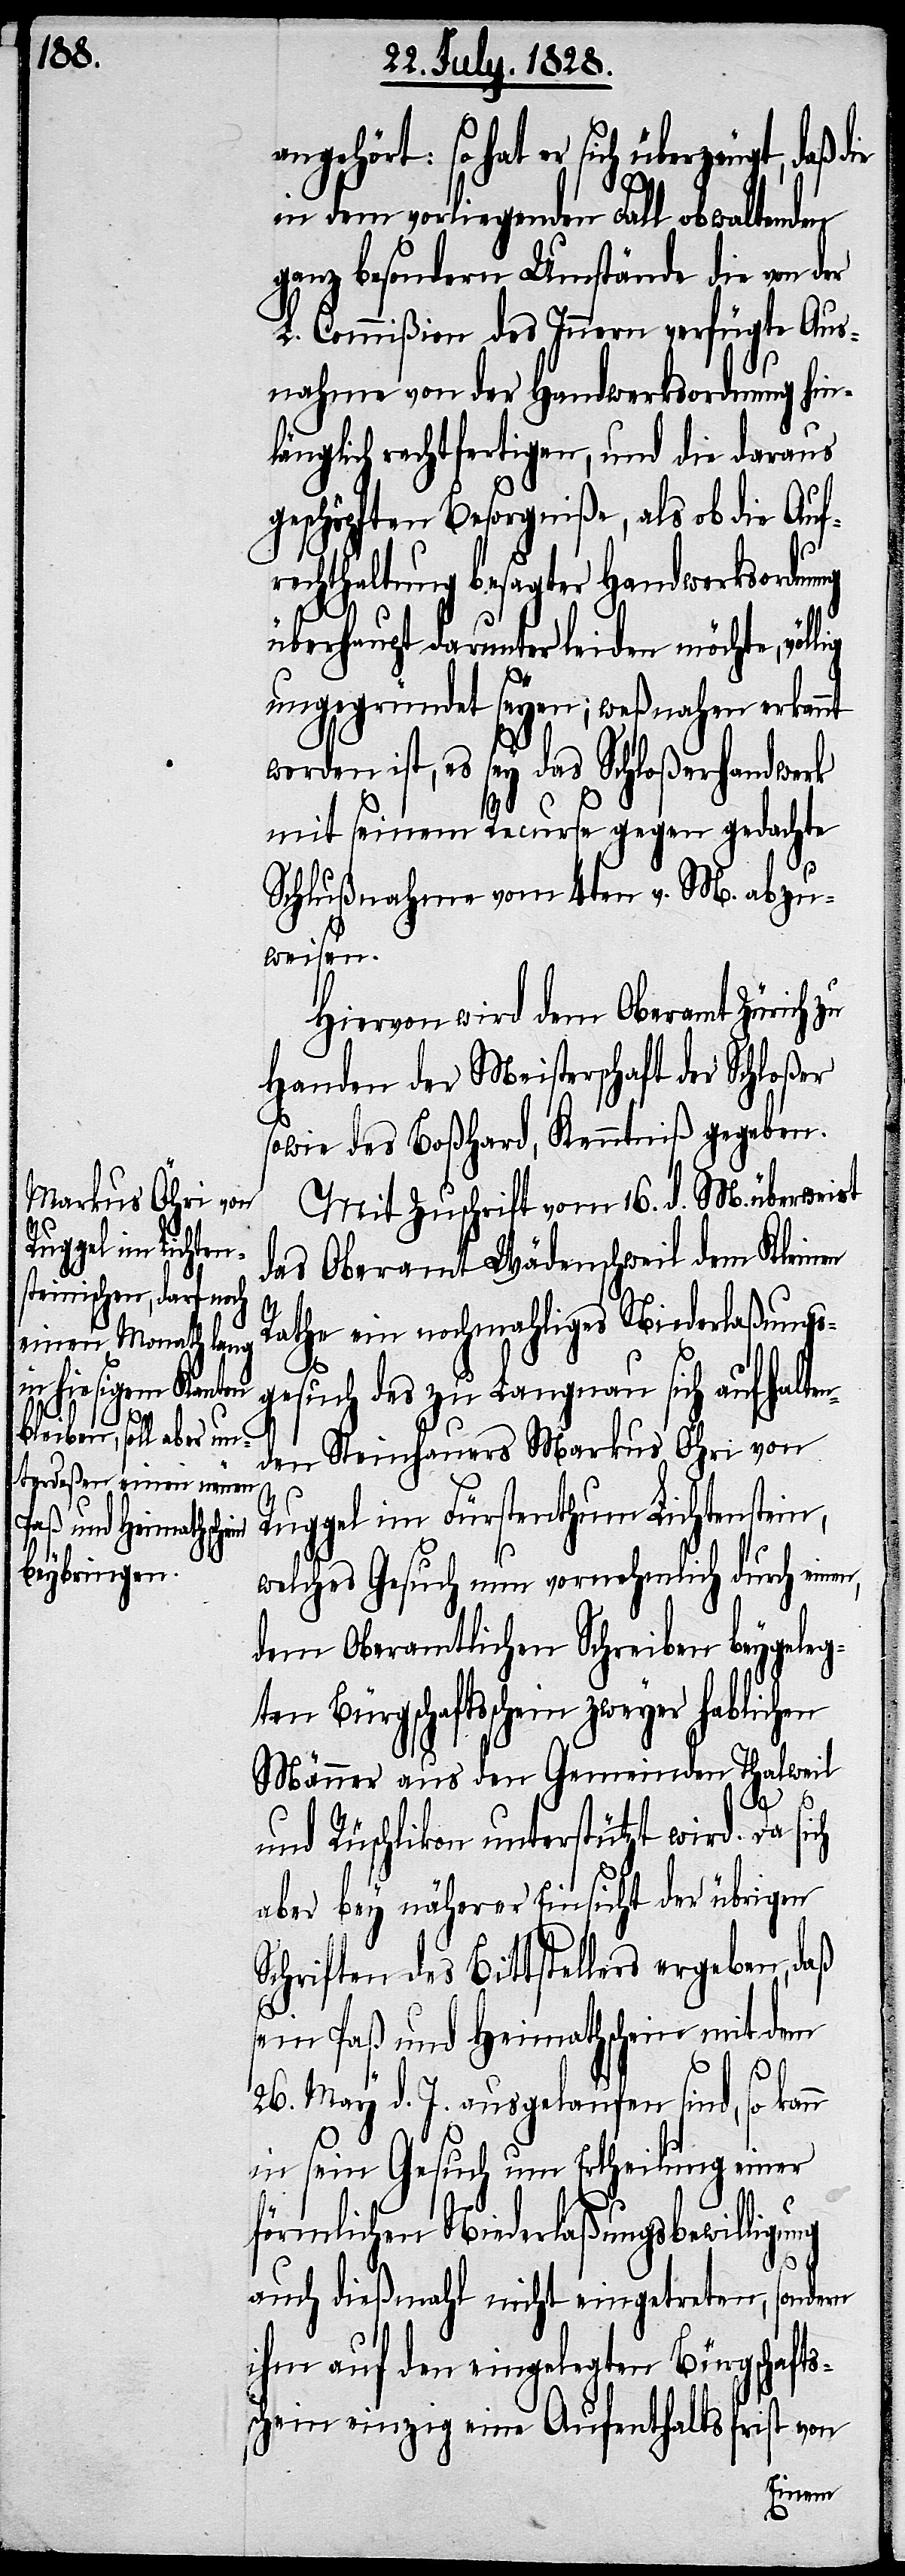
so hat er sich überzeugt, daß d¬
in dem vorliegenden Fall obwaltenden
ganz besondern Umstände die von der
L. Commißion des Innern verfügten Aus¬
nahmen von der Handwerksordnung hin¬
länglich rechtfertigen, und die daraus
geschöpften Besorgniße, als ob die Auf¬
rechthaltung besagter Handwerksordnung
überhaupt darunter leiden möchte, völ¬
ungegründet seyen; weßnahen erkannt
worden ist, es sey das Schloßerhandwerk
mit seinem Recurse gegen gedachte
Schlußnahme vom 4ten v. M. abzu¬
weisen.
Hiervon wird dem Oberamt Zürich
Handen der Meisterschaft der Schloßer
sowie des Boßhard, Kenntniß gegeben.
Mit Zuschrift vom 16. d. M. überweist
das Oberamt Wädenschweil dem Kleinen
Rathe ein nochmahliges Niederlaßungs¬
gesuch des zu Langnau sich aufhalte¬
nden Steinhauers Markus Öhri von
Ruggel im Fürstenthum Lichtenstein,
welches Gesuch nun vornehmlich durch ein¬
dem Oberamtlichen Schreiben beygeleg¬
ten Bürgschaftsschein zweyer
Männer aus den Gemeinden Thalweil
und Rüschlikon unterstützt wird. Da sich
aber bey näherer Einsicht der übrigen
Schriften des Bittstellers ergeben, daß
sein Paß und Heimathschein mit dem
en,
26. May d. J. ausgelaufen sind, so kann
in sein Gesuch um Ertheilung einer
förmlichen Niederlaßungsbewilligung
auch dießmahl nicht eingetreten, sondern
ihm auf den eingelegten Bürgschafts¬
schein einzig eine Aufenthaltsfrist von